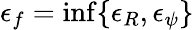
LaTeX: \epsilon_{f}=\operatorname*{inf}\{ \epsilon_{R},\epsilon_{\psi}\}